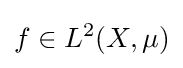
f\in L^{2}(X,\mu )